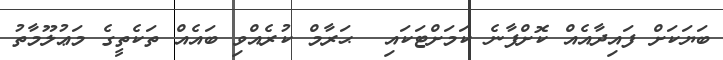
ބަޔަކަށް ފައިދާއެއް ކޮށްފާނެ ކަމަށްޓަކައި  ޙަރާމް ކުރެއްވި ބައެއް ތަކެތީގެ މަޢުލޫމާތު